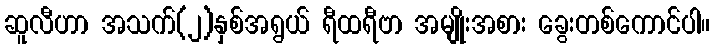
ဆူလီဟာ အသက်(၂)နှစ်အရွယ် ရီထရီဗာ အမျိုးအစား ခွေးတစ်ကောင်ပါ။